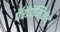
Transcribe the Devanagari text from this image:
पॅरोपॅमिसेड